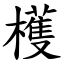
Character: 檴